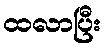
ထလာပြီး